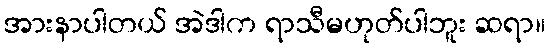
အားနာပါတယ် အဲဒါက ရာသီမဟုတ်ပါဘူး ဆရာ။